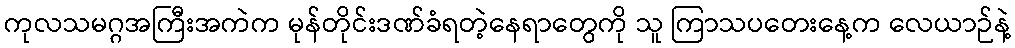
ကုလသမဂ္ဂအကြီးအကဲက မုန်တိုင်းဒဏ်ခံရတဲ့နေရာတွေကို သူ ကြာသပတေးနေ့က လေယာဉ်နဲ့